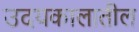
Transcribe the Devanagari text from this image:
उदयकालातील